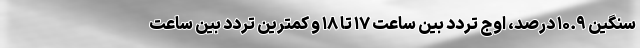
سنگین ۱۰.۹ درصد، اوج تردد بین ساعت ۱۷ تا ۱۸ و کمترین تردد بین ساعت